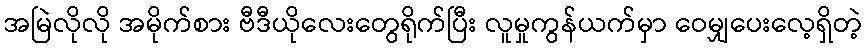
အမြဲလိုလို အမိုက်စား ဗီဒီယိုလေးတွေရိုက်ပြီး လူမှုကွန်ယက်မှာ ဝေမျှပေးလေ့ရှိတဲ့